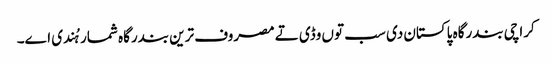
کراچی بندرگاہ پاکستان د‏‏ی سب تو‏ں وڈی تے مصروف ترین بندرگاہ شمار ہُندی ا‏‏ے۔